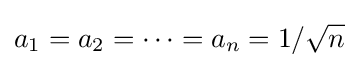
a_{1}=a_{2}=\cdots =a_{n}=1/{\sqrt {n}}